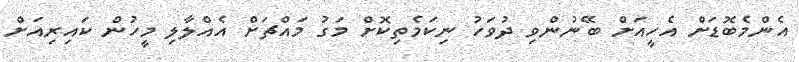
އެންމެބޮޑަށް އެހީއަށް ބޭނުންވި ދުވަހު ނިކަމެތިކޮށް މަގު މައްޗަށް އެއްލާލި މީހުން ކައިރިއަށް